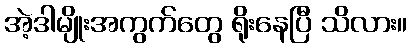
အဲ့ဒါမျိုးအကွက်တွေ ရိုးနေပြီ သိလား။